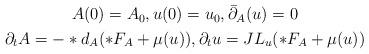
LaTeX: \begin{align*} \begin{gathered} A(0) = A_0, u(0) = u_0, \bar{\partial}_A(u) = 0\\\partial_t A = -*d_A( *F_A + \mu(u)), \partial_t u = J L_u(*F_A + \mu(u)) \end{gathered}\end{align*}